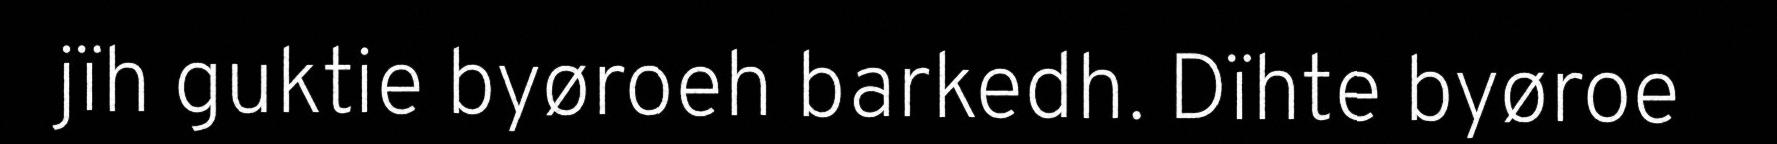
jïh guktie byøroeh barkedh. Dïhte byøroe